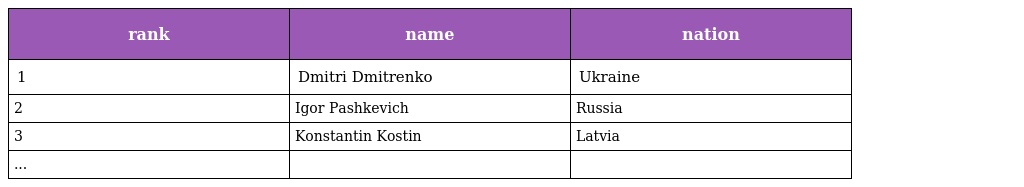
| rank | name | nation |
 | --- | --- | --- |
 | 1 | Dmitri Dmitrenko | Ukraine |
 | 2 | Igor Pashkevich | Russia |
 | 3 | Konstantin Kostin | Latvia |
 | ... |  |  |